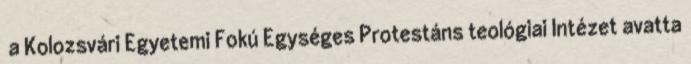
a Kolozsvári Egyetemi Fokú Egységes Protestáns teológiai Intézet avatta